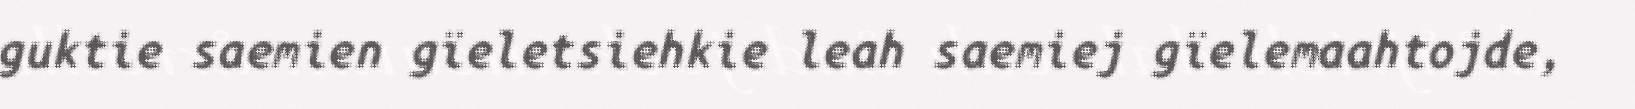
guktie saemien gïeletsiehkie leah saemiej gïelemaahtojde,